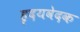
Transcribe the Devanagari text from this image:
हृदयवेदक